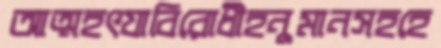
আত্মহৎযাবিরোধীহনুমানসহহে